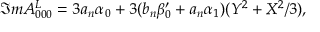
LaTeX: { \Im m } A _ { 0 0 0 } ^ { L } = 3 a _ { n } \alpha _ { 0 } + 3 ( b _ { n } \beta _ { 0 } ^ { \prime } + a _ { n } \alpha _ { 1 } ) ( Y ^ { 2 } + X ^ { 2 } / 3 ) ,